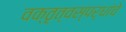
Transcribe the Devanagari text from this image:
वक्तृत्वस्पर्धांचे